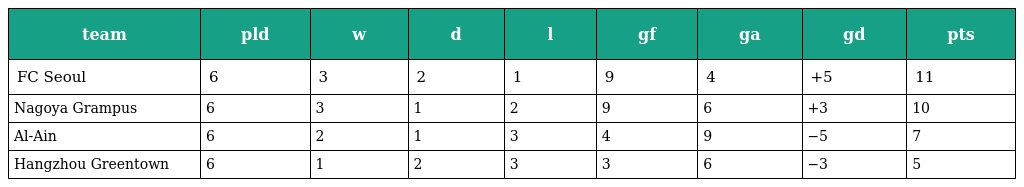
| team | pld | w | d | l | gf | ga | gd | pts |
 | --- | --- | --- | --- | --- | --- | --- | --- | --- |
 | FC Seoul | 6 | 3 | 2 | 1 | 9 | 4 | +5 | 11 |
 | Nagoya Grampus | 6 | 3 | 1 | 2 | 9 | 6 | +3 | 10 |
 | Al-Ain | 6 | 2 | 1 | 3 | 4 | 9 | −5 | 7 |
 | Hangzhou Greentown | 6 | 1 | 2 | 3 | 3 | 6 | −3 | 5 |